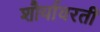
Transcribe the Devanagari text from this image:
शौर्यावरती